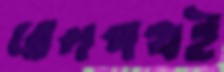
রেলপথই